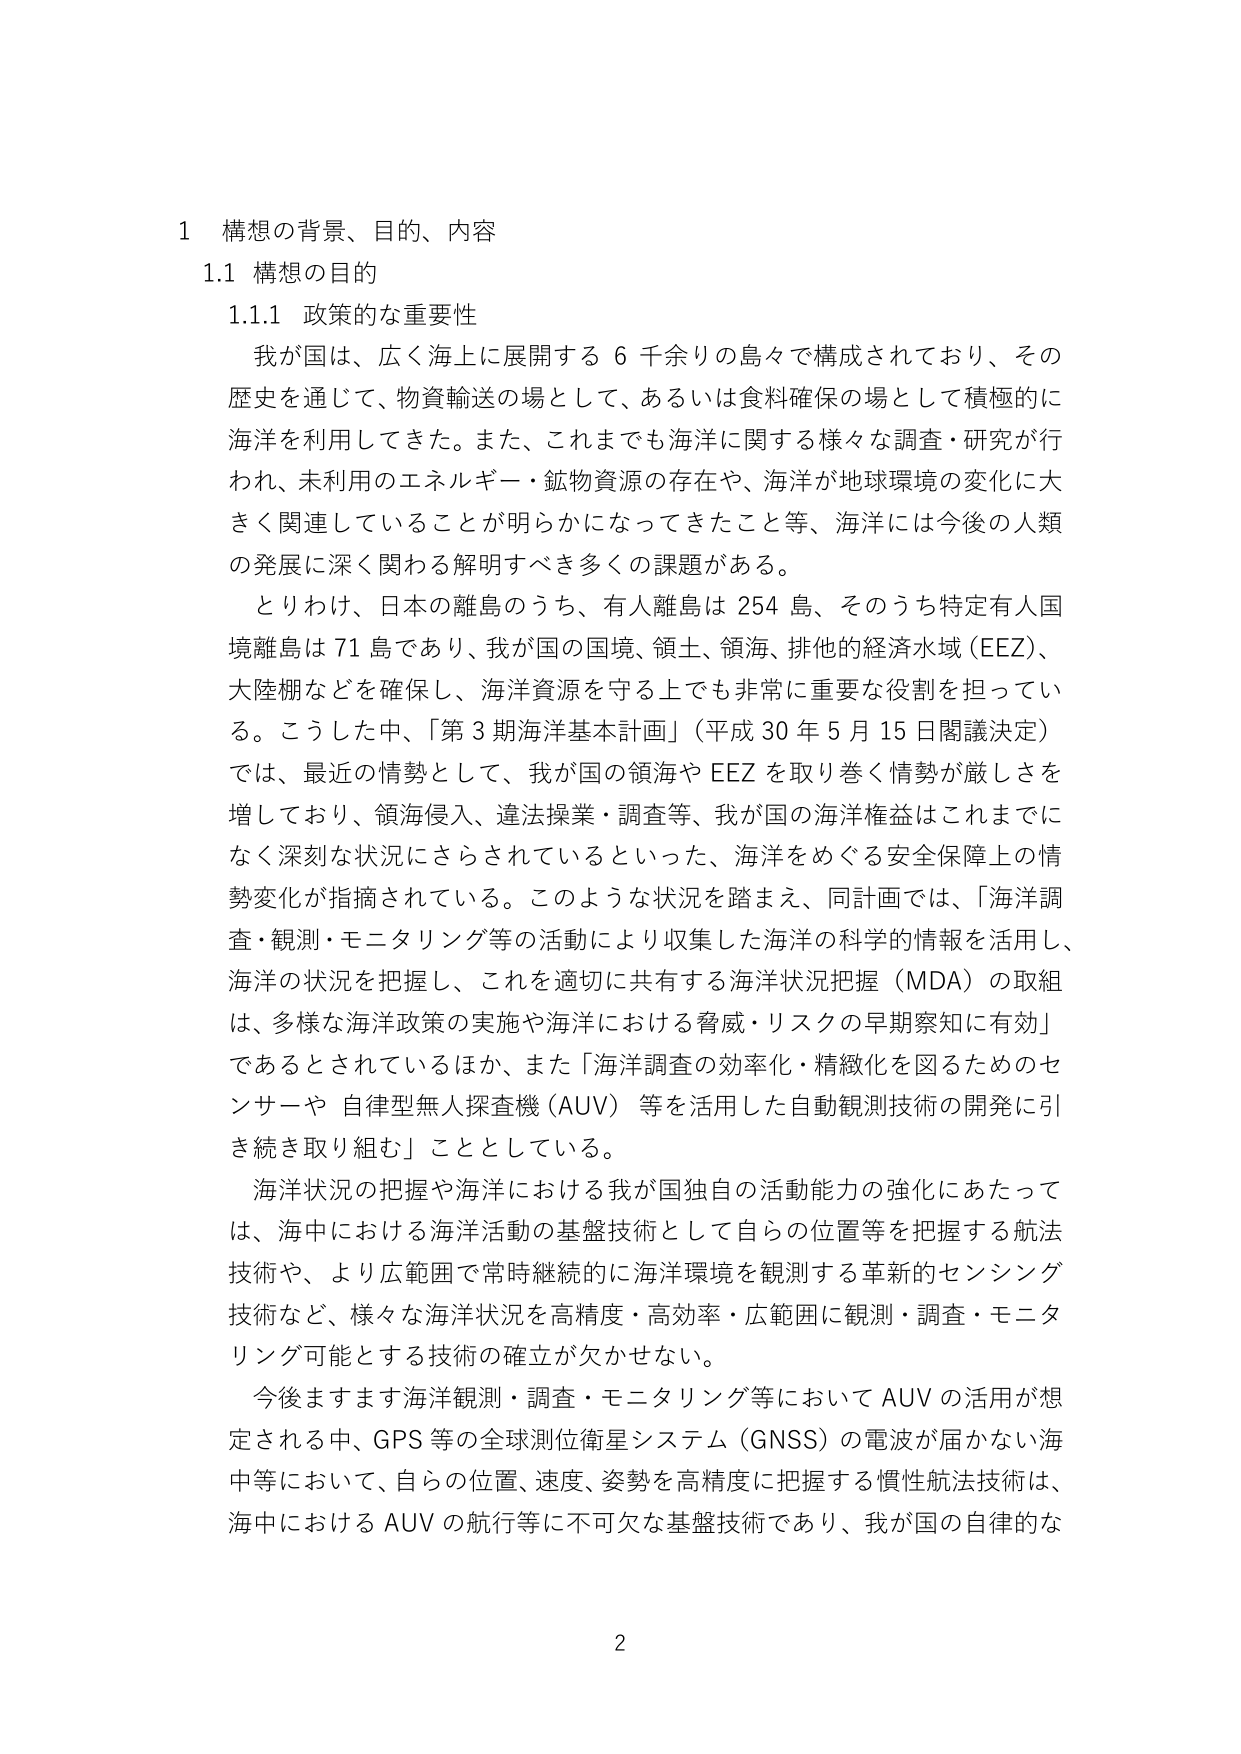
1 構想の背景、目的、内容
1.1 構想の目的
1.1.1 政策的な重要性
我が国は、広く海上に展開する６千余りの島々で構成されており、その歴史を通じて、物資輸送の場として、あるいは食料確保の場として積極的に海洋を利用してきた。また、これまでも海洋に関する様々な調査・研究が行われ、未利用のエネルギー・鉱物資源の存在や、海洋が地球環境の変化に大きく関連していることが明らかになってきたこと等、海洋には今後の人類の発展に深く関わる解明すべき多くの課題がある。
とりわけ、日本の離島のうち、有人離島は254島、そのうち特定有人国境離島は71島であり、我が国の国境、領土、領海、排他的経済水域（EEZ）、大陸棚などを確保し、海洋資源を守る上でも非常に重要な役割を担っている。こうした中、「第3期海洋基本計画」（平成30年5月15日閣議決定）では、最近の情勢として、我が国の領海やEEZを取り巻く情勢が厳しさを増しており、領海侵入、違法操業・調査等、我が国の海洋権益はこれまでになく深刻な状況にさらされているといった、海洋をめぐる安全保障上の情勢変化が指摘されている。このような状況を踏まえ、同計画では、「海洋調査・観測・モニタリング等の活動により収集した海洋の科学的情報を活用し、海洋の状況を把握し、これを適切に共有する海洋状況把握（MDA）の取組は、多様な海洋政策の実施や海洋における脅威・リスクの早期察知に有効」であるとされているほか、また「海洋調査の効率化・精緻化を図るためのセンサーや自律型無人探査機（AUV）等を活用した自動観測技術の開発に引き続き取り組む」こととしている。
海洋状況の把握や海洋における我が国独自の活動能力の強化にあたっては、海中における海洋活動の基盤技術として自らの位置等を把握する航法技術や、より広範囲で常時継続的に海洋環境を観測する革新的センシング技術など、様々な海洋状況を高精度・高効率・広範囲に観測・調査・モニタリング可能とする技術の確立が欠かせない。
今後ますます海洋観測・調査・モニタリング等においてAUVの活用が想定される中、GPS等の全球測位衛星システム（GNSS）の電波が届かない海中等において、自らの位置、速度、姿勢を高精度に把握する慣性航法技術は、海中におけるAUVの航行等に不可欠な基盤技術であり、我が国の自律的な

2